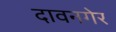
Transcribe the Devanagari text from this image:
दावनगेर